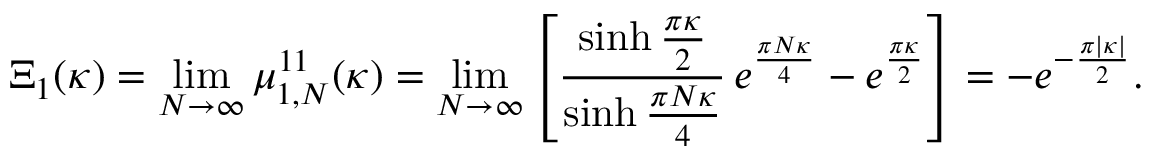
\Xi _ { 1 } ( \kappa ) = \operatorname * { l i m } _ { N \to \infty } \mu _ { 1 , N } ^ { 1 1 } ( \kappa ) = \operatorname * { l i m } _ { N \to \infty } \left[ \frac { \sinh \frac { \pi \kappa } { 2 } } { \sinh \frac { \pi N \kappa } { 4 } } \, e ^ { \frac { \pi N \kappa } { 4 } } - e ^ { \frac { \pi \kappa } { 2 } } \right] = - e ^ { - \frac { \pi | \kappa | } { 2 } } .